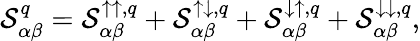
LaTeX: \mathcal{S}_{\alpha\beta}^{q}=\mathcal{S}_{\alpha\beta}^{\uparrow\uparrow,q}+\mathcal{S}_{\alpha\beta}^{\uparrow\downarrow,q}+\mathcal{S}_{\alpha\beta}^{\downarrow\uparrow,q}+\mathcal{S}_{\alpha\beta}^{\downarrow\downarrow,q},